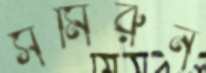
সমিরুন